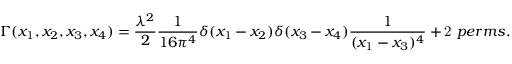
\Gamma ( x _ { 1 } , x _ { 2 } , x _ { 3 } , x _ { 4 } ) = \frac { \lambda ^ { 2 } } { 2 } \frac { 1 } { 1 6 \pi ^ { 4 } } \delta ( x _ { 1 } - x _ { 2 } ) \delta ( x _ { 3 } - x _ { 4 } ) \frac { 1 } { ( x _ { 1 } - x _ { 3 } ) ^ { 4 } } + { \mathrm 2 ~ p e r m s . }